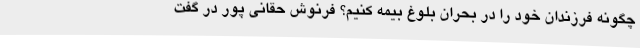
چگونه فرزندان خود را در بحران بلوغ بیمه کنیم؟ فرنوش حقانی پور در گفت